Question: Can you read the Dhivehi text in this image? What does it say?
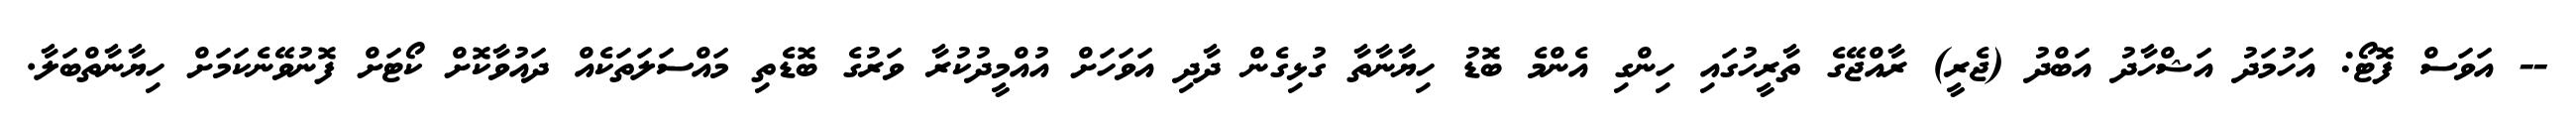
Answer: -- އަވަސް ފޮޓޯ: އަހުމަދު އަޝްހާދު އަބްދު (ޖެރީ) ރާއްޖޭގެ ތާރީހުގައި ހިންގި އެންމެ ބޮޑު ހިޔާނާތާ ގުޅިގެން ދާދި އަވަހަށް އުއްމީދުކުރާ ވަރުގެ ބޮޑެތި މައްސަލަތަކެއް ދައުވާކޮށް ކޯޓަށް ފޮނުވޭނެކަމަށް ހިޔާނާތްބަލާ.